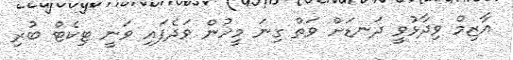
އާޒިމް ވިދާޅުވީ ދަނޑަށް ވަތް ގިނަ މީހުން ވަދެފައި ވަނީ ޓިކެޓް ބުރި